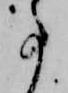
事